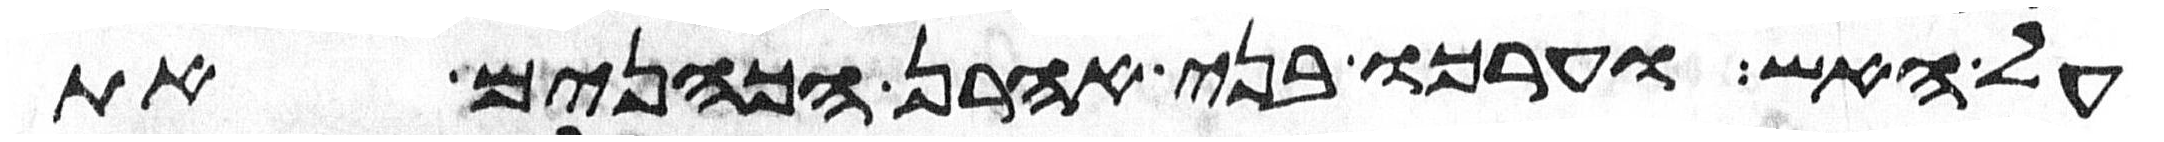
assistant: על האש וערכו בני אהרן הכהנים את